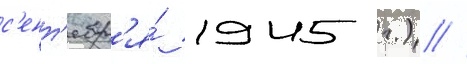
с'ент'ябр'я́ 1945 г.) //